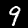
Label: 9